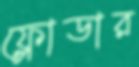
ফ্লোডার